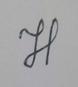
Signature authenticity: genuine